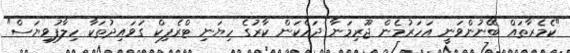
"ކެމެރާތައް ބޭނުންވަނީ އަހަރުމެން ޖޫރިމަނާ ދައްކަން ކާރުގެ ހިޔަނި ޓްރެފިކް ގަވައިދުތަކާ ހިލާފުވިޔަސް"